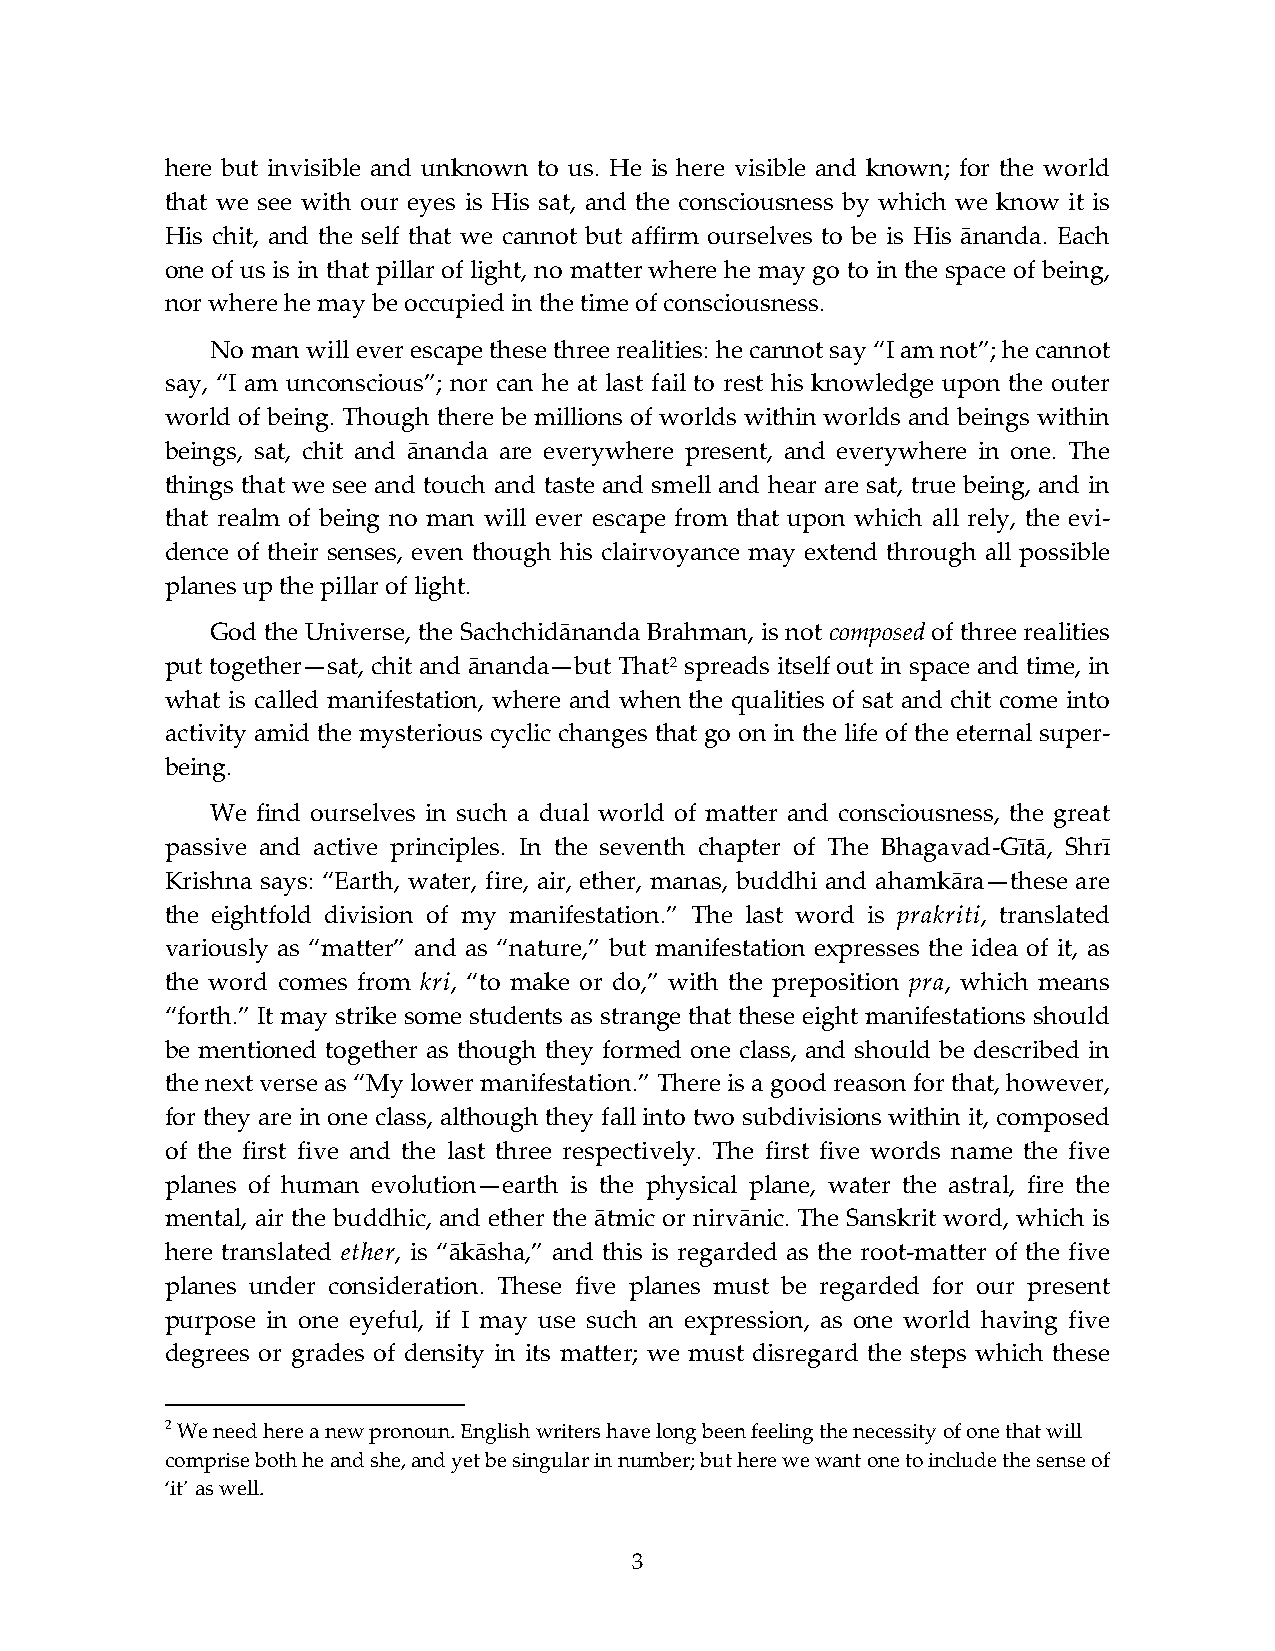
here but invisible and unknown to us. He is here visible and known; for the world
 that we see with our eyes is His sat, and the consciousness by which we know it is
 His chit, and the self that we cannot but affirm ourselves to be is His ānanda. Each
 one of us is in that pillar of light, no matter where he may go to in the space of being,
 nor where he may be occupied in the time of consciousness.
 No man will ever escape these three realities: he cannot say “I am not”; he cannot
 say, “I am unconscious”; nor can he at last fail to rest his knowledge upon the outer
 world of being. Though there be millions of worlds within worlds and beings within
 beings, sat, chit and ānanda are everywhere present, and everywhere in one. The
 things that we see and touch and taste and smell and hear are sat, true being, and in
 that realm of being no man will ever escape from that upon which all rely, the evi-
 dence of their senses, even though his clairvoyance may extend through all possible
 planes up the pillar of light.
 God the Universe, the Sachchidānanda Brahman, is not composed of three realities
 put together—sat, chit and ānanda—but That2 spreads itself out in space and time, in
 what is called manifestation, where and when the qualities of sat and chit come into
 activity amid the mysterious cyclic changes that go on in the life of the eternal super-
 being.
 We find ourselves in such a dual world of matter and consciousness, the great
 passive and active principles. In the seventh chapter of The Bhagavad-Gītā, Shrī
 Krishna says: “Earth, water, fire, air, ether, manas, buddhi and ahamkāra—these are
 the eightfold division of my manifestation.” The last word is prakriti, translated
 variously as “matter” and as “nature,” but manifestation expresses the idea of it, as
 the word comes from kri, “to make or do,” with the preposition pra, which means
 “forth.” It may strike some students as strange that these eight manifestations should
 be mentioned together as though they formed one class, and should be described in
 the next verse as “My lower manifestation.” There is a good reason for that, however,
 for they are in one class, although they fall into two subdivisions within it, composed
 of the first five and the last three respectively. The first five words name the five
 planes of human evolution—earth is the physical plane, water the astral, fire the
 mental, air the buddhic, and ether the ātmic or nirvānic. The Sanskrit word, which is
 here translated ether, is “ākāsha,” and this is regarded as the root-matter of the five
 planes under consideration. These five planes must be regarded for our present
 purpose in one eyeful, if I may use such an expression, as one world having five
 degrees or grades of density in its matter; we must disregard the steps which these
 2 We need here a new pronoun. English writers have long been feeling the necessity of one that will
 comprise both he and she, and yet be singular in number; but here we want one to include the sense of
 ‘it’ as well.
 3